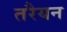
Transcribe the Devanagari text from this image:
तरैयन